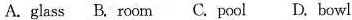
A.glass B. Room C.Pool D. Bowl